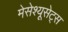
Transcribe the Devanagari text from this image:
मेसेश्यूसेट्स